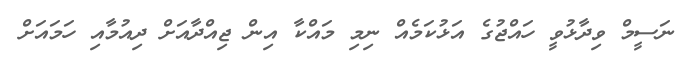
ނަސީމް ވިދާޅުވީ ހައްޖުގެ އަޅުކަމެއް ނިމި މައްކާ އިން ޖިއްދާއަށް ދިއުމާއި ހަމައަށް